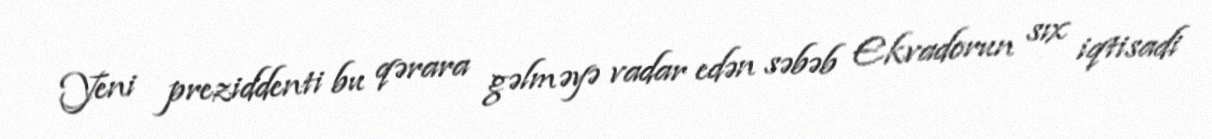
Yeni preziddenti bu qərara gəlməyə vadar edən səbəb Ekvadorun sıx iqtisadi